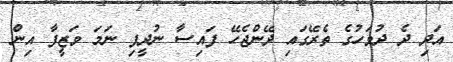
އަދި ދެ ދުވަހުގެ ތެރޭގައި ދޭންޖެހޭ ފައިސާ ނުދީފި ނަމަ ވަޒީފާ އިން